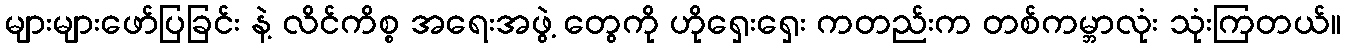
များများဖော်ပြခြင်း နဲ့ လိင်ကိစ္စ အရေးအဖွဲ့ တွေကို ဟိုရှေးရှေး ကတည်းက တစ်ကမ္ဘာလုံး သုံးကြတယ်။